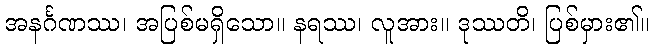
အနင်္ဂဏဿ၊ အပြစ်မရှိသော။ နရဿ၊ လူအား။ ဒုဿတိ၊ ပြစ်မှား၏။